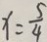
x = \frac { 5 } { 4 }